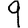
Digit: 9